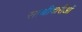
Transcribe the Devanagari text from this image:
साथीदारीओं